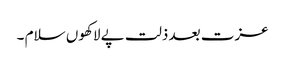
عزت بعد ذلت پے لاکھوں سلام ۔